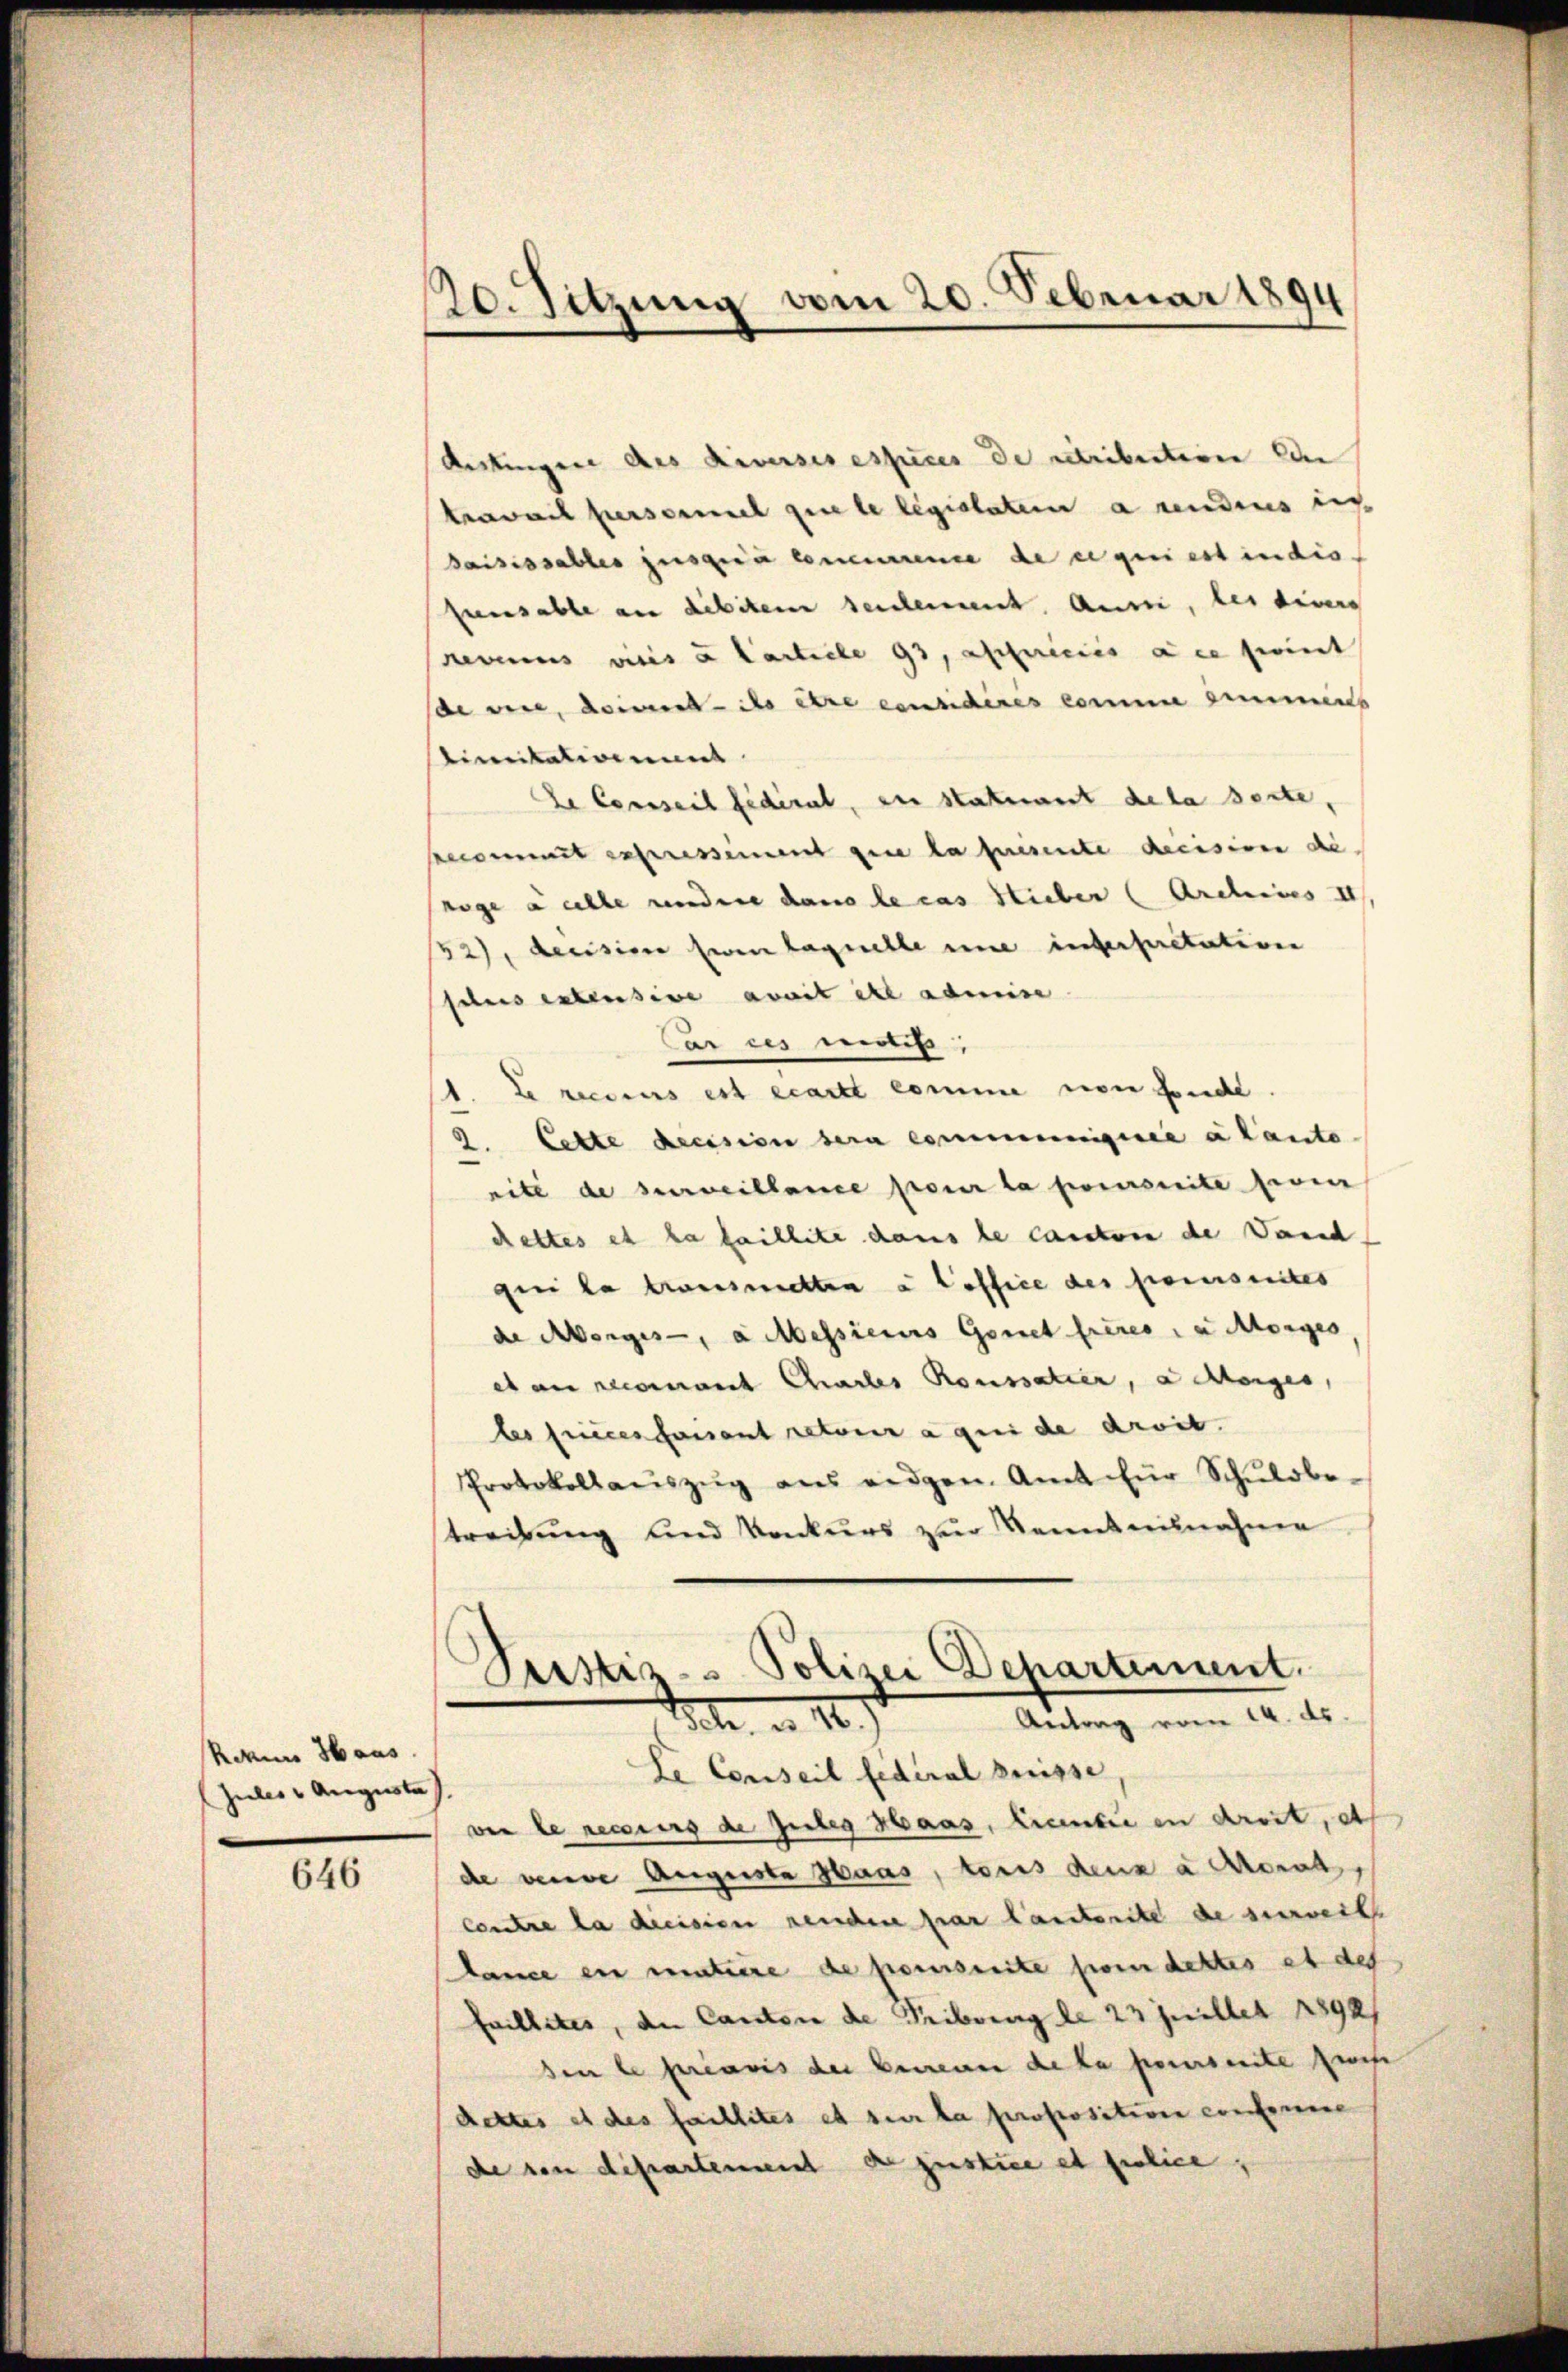
Rohne Haus.
Jules v. Augusta

646

20. Sitzung vom 20. Februar 1894

deskingen des Liversisessures de stribution den
travait persormel zu le legislater a undius ic
saisissables jusquia teneurence de ce qui est indis
fenensable aus debitem seulement. Aussi, bei divers
Revenus vices und Carticle 93, afficiis die fernt
se vere, deine ihrere considérés comme einmens
tientationent
de Conseil fédéral, ein statuant de la secte,
decimet expressement que la presente decision die
züge a celle andere dans le cas sieber (Archives II
52), decision zwei laquelle une interpretation
siles extensive avait ist admi
Car es meh
1. Le recens est écartt komme non fonde.
9. Lette decision sera communiquée a laute
nité de surveillance pour la poursuite freier
cettes et la faillite dans le cantone de Darst
qui la transmetten a Coffice des freierseites
de Morges, a Messieres Gonet freies, u Morges
eb an reconnant Chartes Roussatier, a Morges,
les succes faisant retour a qui de droit.
Protokollaŭszŭg ans eidgen. Amt für Schŭlobestreitung und Konkurs zur Sonnteilnahme

Peistis- Polizei Departement.
Peler, a. 16. ten Antrag vom 14. ds.
Le Conseil federal Suisse

ver le recours de Gutes Haas, Licentie in droit, et
de vende Auguste Haas, toris denn a donat
contre la diession reichen par lauterite de serrech
lance ein matière de pousserte foi dettes et des
faillites, den Canton de Tribung le 23 Juillet 1892/
den le préavis der Bedenen de la parerseite zwis
dettes et des faillites et sur la propositiven conforme
de von dipartement der justice et police,